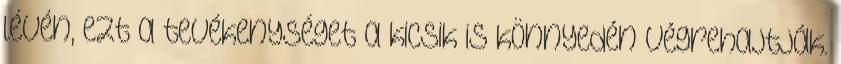
lévén, ezt a tevékenységet a kicsik is könnyedén végrehajtják.